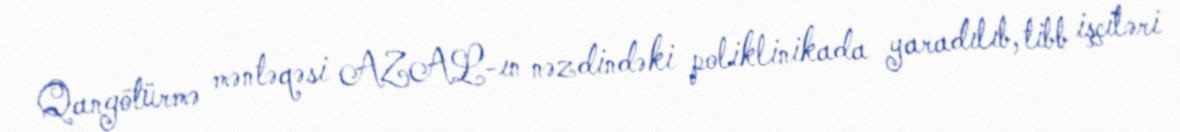
Qangötürmə məntəqəsi AZAL-ın nəzdindəki poliklinikada yaradılıb, tibb işçiləri